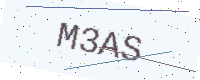
Text: M3AS